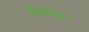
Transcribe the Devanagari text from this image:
देवघर।